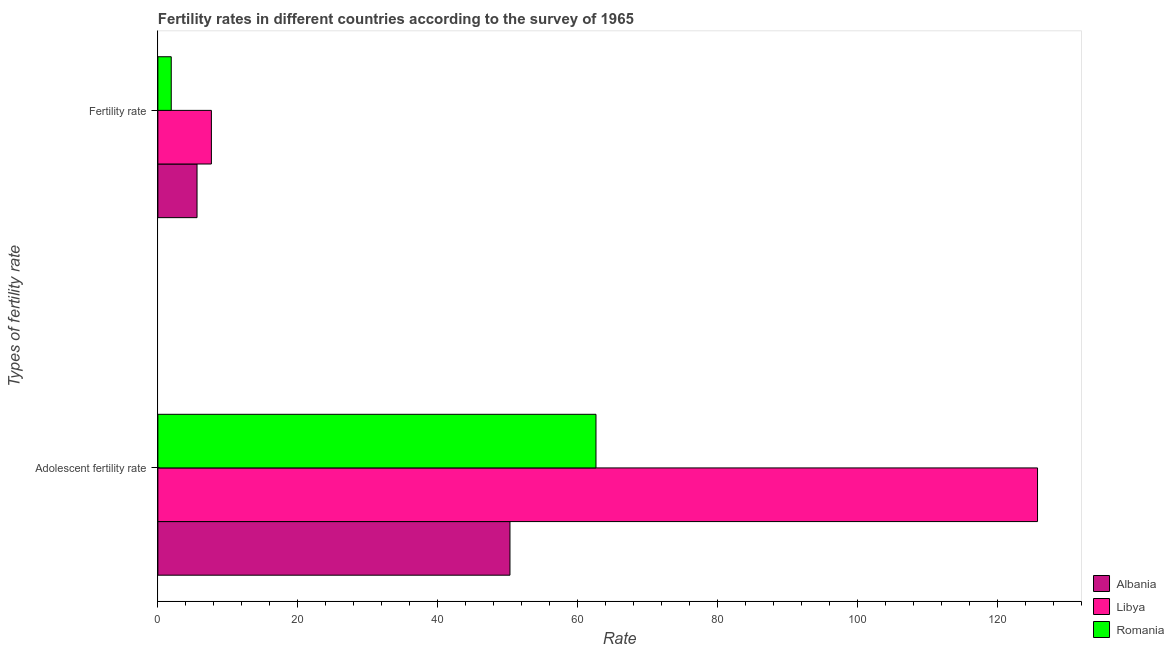
| Types of fertility rate | Albania | Libya | Romania |
 | --- | --- | --- | --- |
 | Adolescent fertility rate | 50.3 | 126 | 62.6 |
 | Fertility rate | 5.59 | 7.65 | 1.91 |